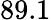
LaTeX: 89.1